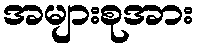
အများစုအား